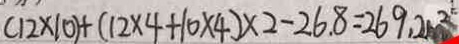
( 1 2 \times 1 0 ) + ( 1 2 \times 4 + 1 0 \times 4 ) \times 2 - 2 6 . 8 = 2 6 9 . 2 m ^ { 2 }